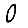
Digit: 0